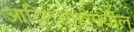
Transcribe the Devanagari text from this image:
आदिलशाहीमधील